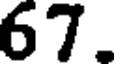
67.